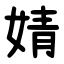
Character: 婧